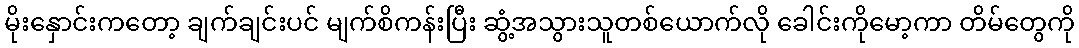
မိုးနှောင်းကတော့ ချက်ချင်းပင် မျက်စိကန်းပြီး ဆွံ့အသွားသူတစ်ယောက်လို ခေါင်းကိုမော့ကာ တိမ်တွေကို